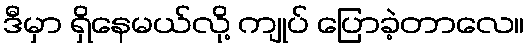
ဒီမှာ ရှိနေမယ်လို့ ကျုပ် ပြောခဲ့တာလေ။